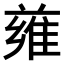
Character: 𨿄